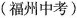
(福州中考)